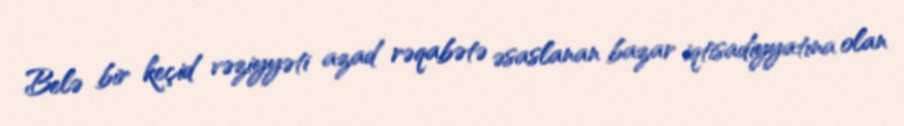
Belə bir keçid vəziyyəti azad rəqabətə əsaslanan bazar iqtisadiyyatına olan